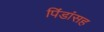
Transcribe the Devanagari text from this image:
पिंडांसह